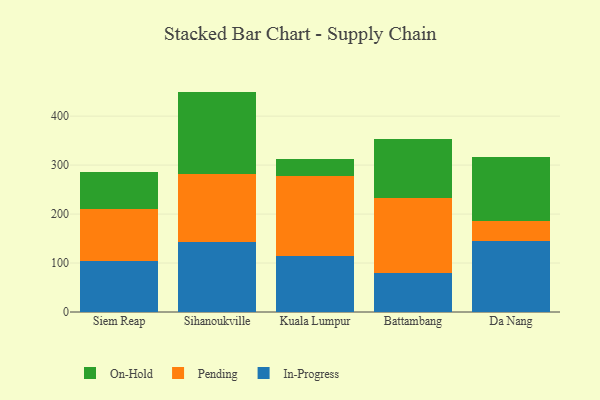
{"axis": {"x": "City", "y": "Inventory Turnover"}, "legend": ["In-Progress", "On-Hold", "Pending"], "data": [{"x": "Siem Reap", "y": 104.4, "type": "In-Progress"}, {"x": "Siem Reap", "y": 105.1, "type": "Pending"}, {"x": "Siem Reap", "y": 76.0, "type": "On-Hold"}, {"x": "Sihanoukville", "y": 143.5, "type": "In-Progress"}, {"x": "Sihanoukville", "y": 137.4, "type": "Pending"}, {"x": "Sihanoukville", "y": 169.2, "type": "On-Hold"}, {"x": "Kuala Lumpur", "y": 113.7, "type": "In-Progress"}, {"x": "Kuala Lumpur", "y": 164.3, "type": "Pending"}, {"x": "Kuala Lumpur", "y": 35.0, "type": "On-Hold"}, {"x": "Battambang", "y": 80.4, "type": "In-Progress"}, {"x": "Battambang", "y": 152.1, "type": "Pending"}, {"x": "Battambang", "y": 121.7, "type": "On-Hold"}, {"x": "Da Nang", "y": 145.4, "type": "In-Progress"}, {"x": "Da Nang", "y": 40.7, "type": "Pending"}, {"x": "Da Nang", "y": 129.9, "type": "On-Hold"}]}